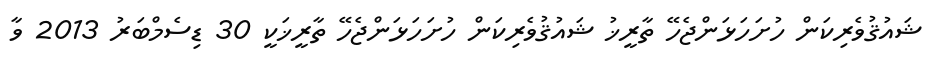
ޝައުޤުވެރިކަން ހުށަހަޅަންޖެހޭ ތާރީޚު ޝައުޤުވެރިކަން ހުށަހަޅަންޖެހޭ ތާރީޚަކީ 30 ޑިސެމްބަރު 2013 ވާ